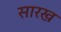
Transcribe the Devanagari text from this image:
सारख